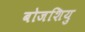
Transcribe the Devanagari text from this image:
बोजशियु